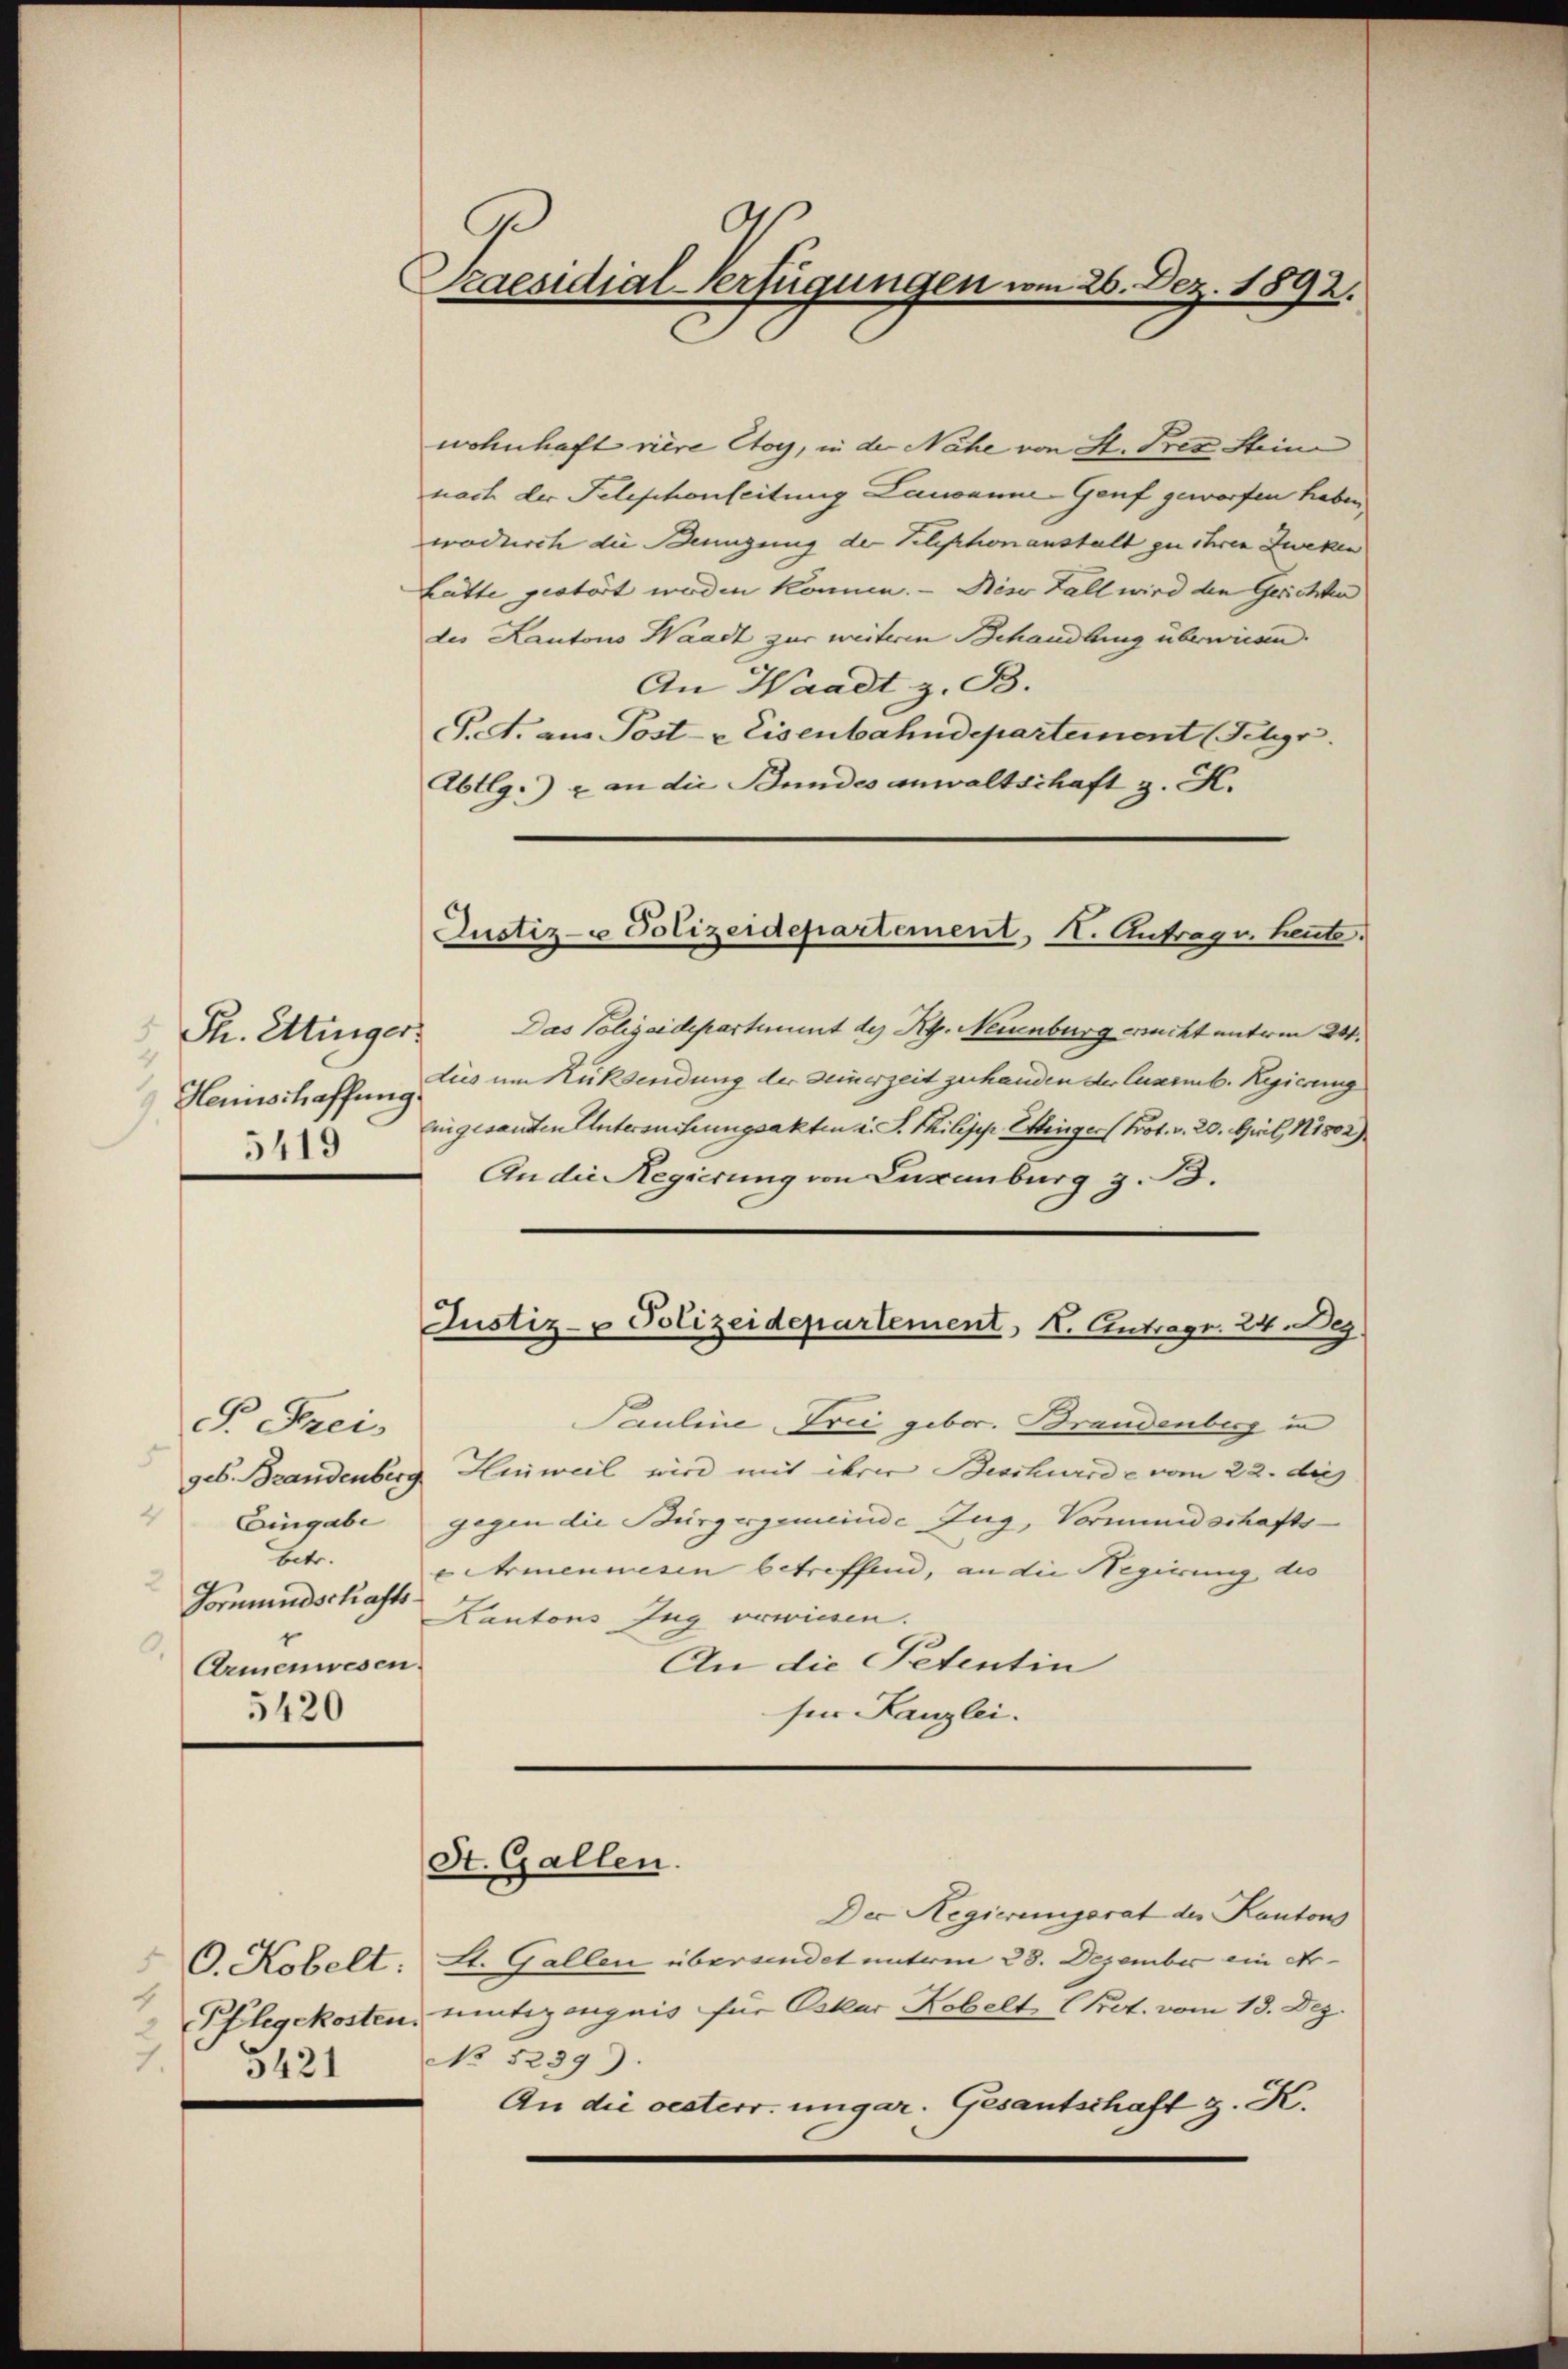
C
Praesidial-Verfügungen vom 26. Dez. 1892.

wohnhaft viere Ctoy, in der Nähe von St. Prez Steine
nach der Felischönleitung Lausanne-Genf geworfen haben
wodurch die Bennigung der Telephonanstalt zu ihren Zweken
Latte gestört worden können. - Diser Fall wird den Gerichten
des Kantons Waadt zur weiteren Behandlung überwiesen.
An Waadt, z. B.
S. A. am Post- & Eisenbahndepartement (Schgr
Abtlg.) - an die Bundes anwaltschaft z. K.

Justiz- u Polizeidepartement, I. Antrag v. heute.

Das Polizeidepartement der RG. Neuenburg eracht unterm 24.
dies um Rücksendung der Seinerzeit zu handen der Cuarmb. Regierung
Eingesandten Untersuchungsakten u. S. Philipp Ettinger (Prot. v. 20. April 181802).
An die Regierung von Luxenburg z. B.
Pauline, Trii geber. Brandenberg in
geb. Brandenberg, Hinweil wird mit ihrer Beschurrde vom 22. dies
gegen die Bürgergemeinde Zug, Vormundschaftse Armenwesen betreffend, an die Regierung des
Kantons Zug vorwissen.
An die Petentin
für Kanzlei.

Th. Ettinger
Herinschaffung.
5419

Justiz- & Polizeidepartement, I. Antrag. 24. Beg

P. Frei
4
Eingabe
betr.
Vormundschafts-
Armenwesen.
5420

St. Gallen.

Der Regierungsrat der Kantons
At. Gallen übersendet unterm 28. Dezember ein Ar-
vntezeugnis für Oskar Kobelt (Prot. vom 13. Dez.
No 5239).
An die oesterr. ungar. Gesantschaft z. K.

O. Kobelt:
2 Pflegekosten.
No 5421